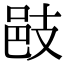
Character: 𢻌